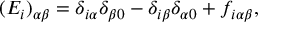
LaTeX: ( E _ { i } ) _ { \alpha \beta } = \delta _ { i \alpha } \delta _ { \beta 0 } - \delta _ { i \beta } \delta _ { \alpha 0 } + f _ { i \alpha \beta } ,